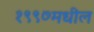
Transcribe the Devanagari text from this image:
१९९७मधील